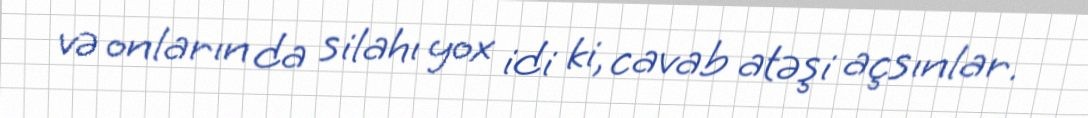
və onların da silahı yox idi ki, cavab atəşi açsınlar.